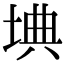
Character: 㙉